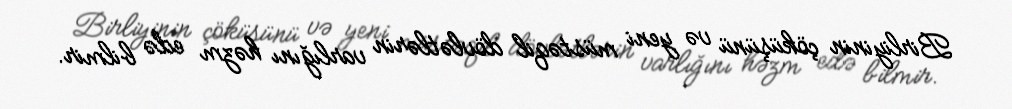
Birliyinin çöküşünü və yeni müstəqil dövlətlərin varlığını həzm edə bilmir.